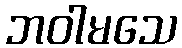
ဘဝါမသေ